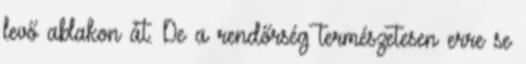
levő ablakon át. De a rendőrség természetesen erre se